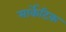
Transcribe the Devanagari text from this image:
मार्केटिक